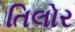
તિલોર